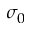
\sigma _ { 0 }